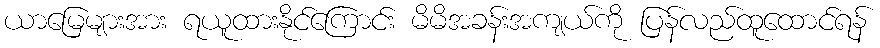
ယာမြေများအား ရယူထားနိုင်ကြောင်း မိမိအခန်းအကျယ်ကို ပြန်လည်ထူထောင်ရန်